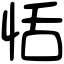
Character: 恬